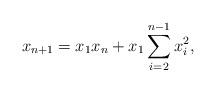
LaTeX: \begin{align*} x_{n+1}=x_1 x_{n} + x_1\sum_{i=2}^{n-1}x_i^2,\end{align*}